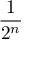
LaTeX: \frac { 1 } { 2 ^ { n } }